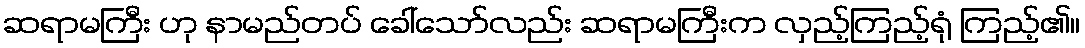
ဆရာမကြီး ဟု နာမည်တပ် ခေါ်သော်လည်း ဆရာမကြီးက လှည့်ကြည့်ရုံ ကြည့်၏။